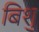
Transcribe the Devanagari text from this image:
बिशु